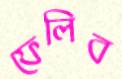
ফেলিব